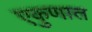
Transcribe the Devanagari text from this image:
एकुणात